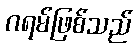
ဂရမ်ဖြစ်သည်